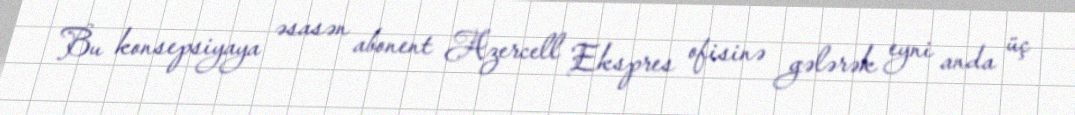
Bu konsepsiyaya əsasən abonent Azercell Ekspres ofisinə gələrək eyni anda üç